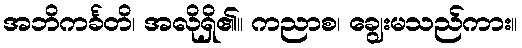
အဘိကင်္ခတိ၊ အလိုရှိ၏။ ကညာစ၊ ချွေးမသည်ကား။